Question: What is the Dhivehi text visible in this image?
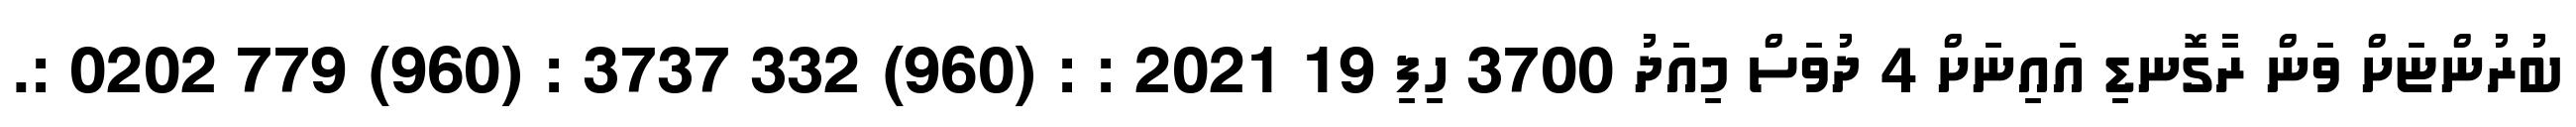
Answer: ބުރުންޏަށް ވަން ރާގޮނޑި އައިނަށް 4 ދުވަސް މިއަދު 3700 ހިފި 19 2021 : : (960) 332 3737 : (960) 779 0202 :.